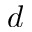
d